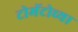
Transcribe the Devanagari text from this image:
टोमॅटोच्या